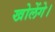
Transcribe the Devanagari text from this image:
खोलेंगे।